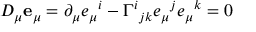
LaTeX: D _ { \mu } { \bf e } _ { \mu } = \partial _ { \mu } e _ { \mu } { } ^ { i } - \Gamma ^ { i } { } _ { j k } e _ { \mu } { } ^ { j } e _ { \mu } { } ^ { k } = 0